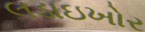
લડાઇખોર